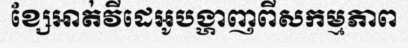
ខ្សែអាត់វីដេអូបង្ហាញពីសកម្មភាព